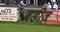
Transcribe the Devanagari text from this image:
बडीज